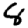
Digit: 8